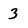
Character: 3